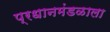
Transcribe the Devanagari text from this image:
प्रधानमंडळाला